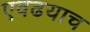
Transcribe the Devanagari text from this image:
एवढयाच